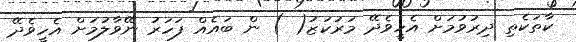
ކާތަކެތި ދިރުވުމަށް އެހީވެދޭ މަރުކަޒު( ) ން ބައެއް ފަހަރު ނޭވާލުމަށް އެހީވެދޭ